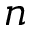
n